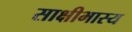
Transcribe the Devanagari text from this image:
साक्षीभास्य